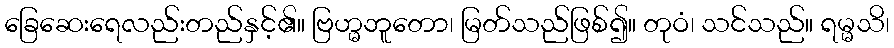
ခြေဆေးရေလည်းတည်နှင့်၏။ ဗြဟ္မဘူတော၊ မြတ်သည်ဖြစ်၍။ တုဝံ၊ သင်သည်။ ရမ္မသိ၊